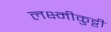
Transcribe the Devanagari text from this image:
लक्ष्मीकुट्टी